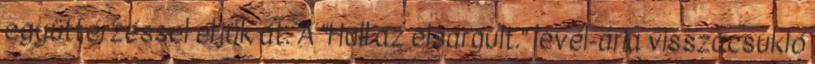
együttérzéssel éljük át. A "Hull az elsárgult." levél-ária visszacsukló